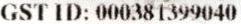
GST ID: 000381399040